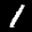
Label: 1